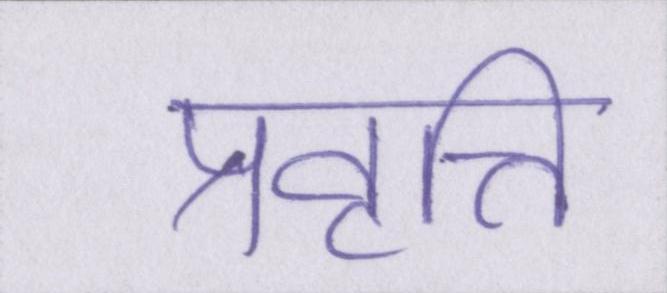
प्रवृत्ति